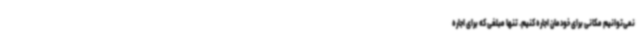
نمی‌توانیم مکانی برای خودمان اجاره کنیم. تنها مبلغی که برای اجاره